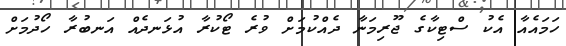
ހަމައެއާ އެކު ސްޓިކާގެ ޖޫރިމަނާ ދެއްކުމަށް ވުރެ ޓޯކުރާ އުޅަނދެއް އަނބުރާ ހޯދުމަށް